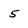
Character: 5